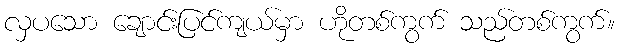
လှပသော ချောင်းပြင်ကျယ်မှာ ဟိုတစ်ကွက် သည်တစ်ကွက်။